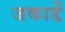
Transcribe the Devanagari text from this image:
जकाडें